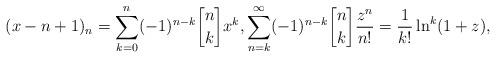
LaTeX: \begin{align*}(x-n+1)_n= \sum_{k=0}^n (-1)^{n-k} {n \brack k} x^k, \sum_{n=k}^{\infty} (-1)^{n-k} {n \brack k} \frac{z^n}{n!} = \frac{1}{k!}\ln^k(1+z),\end{align*}